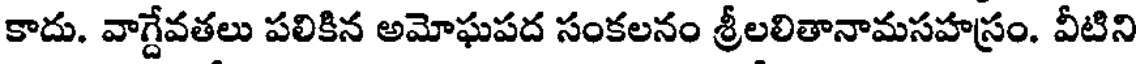
కాదు. వాగ్దేవతలు పలికిన అమోఘపద సంకలనం శ్రీలలితానామసహస్రం. వీటిని